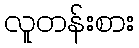
လူတန်းစား